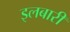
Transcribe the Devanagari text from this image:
इलबारी